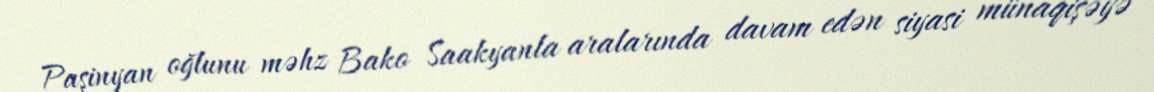
Paşinyan oğlunu məhz Bako Saakyanla aralarında davam edən siyasi münaqişəyə